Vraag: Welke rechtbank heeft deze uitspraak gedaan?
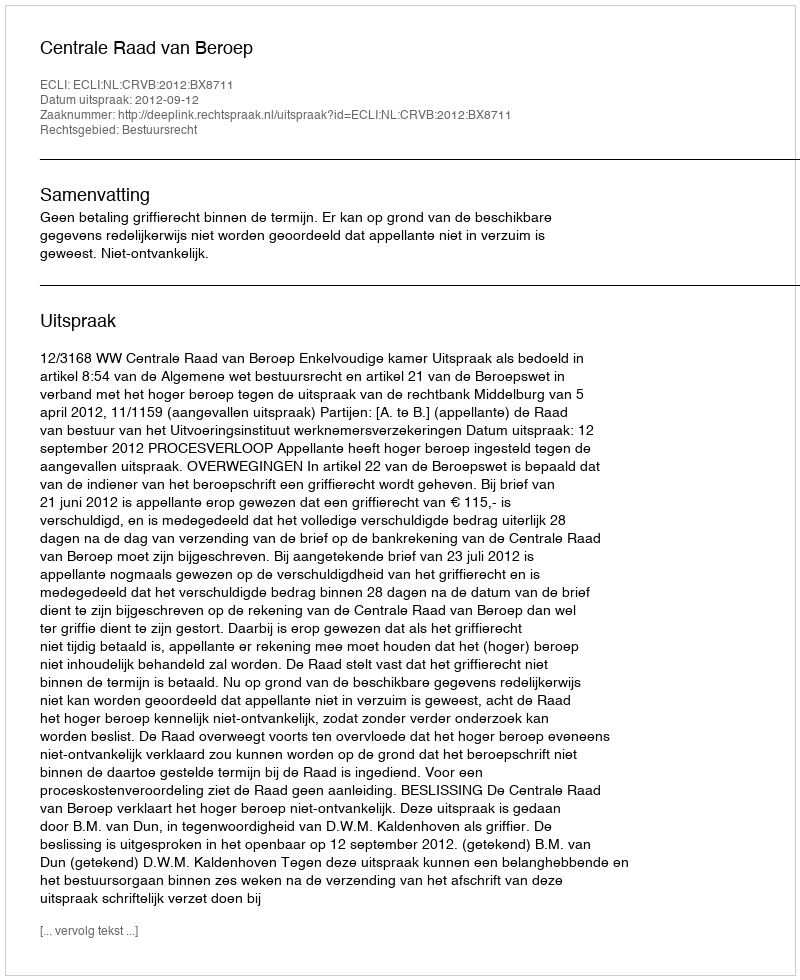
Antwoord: Centrale Raad van Beroep